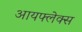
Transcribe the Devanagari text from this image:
आयफ्लेक्स